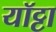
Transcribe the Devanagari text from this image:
यॉट्टा